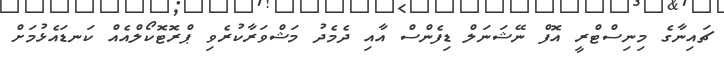
ޗައިނާގެ މިނިސްޓްރީ އޮފް ނޭޝަނަލް ޑިފެންސް އާއި ދެމެދު މަޝްވަރާކުރެވި ޕްރޮޓޮކޯލްއެއް ކަނޑައެޅުމަށް